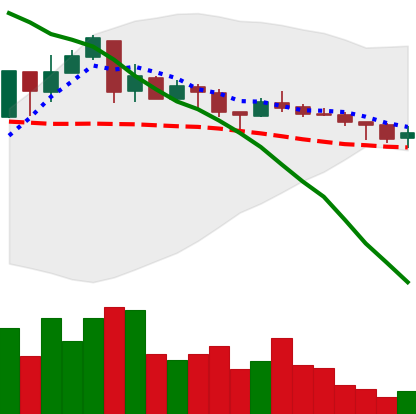
Ticker: XMR-USD
Chart end date: 2018-05-09
Forward return: -5.484%
Label: down_5_7